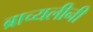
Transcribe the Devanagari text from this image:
ब्राच्यलीनी